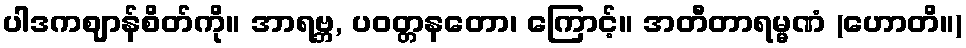
ပါဒကဈာန်စိတ်ကို။ အာရဗ္ဘ, ပဝတ္တနတော၊ ကြောင့်။ အတီတာရမ္မဏံ (ဟောတိ။)